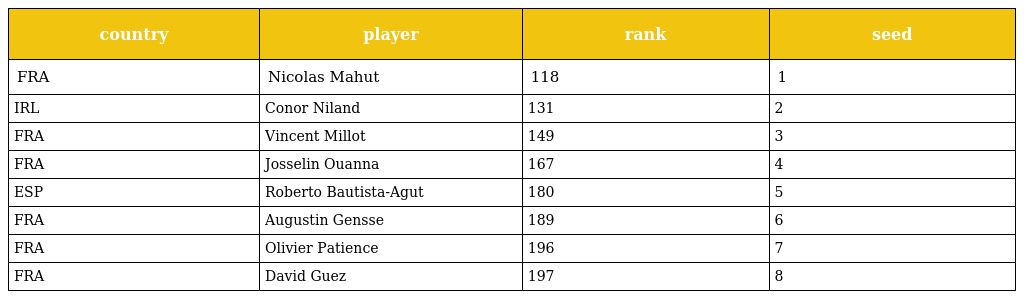
| country | player | rank | seed |
 | --- | --- | --- | --- |
 | FRA | Nicolas Mahut | 118 | 1 |
 | IRL | Conor Niland | 131 | 2 |
 | FRA | Vincent Millot | 149 | 3 |
 | FRA | Josselin Ouanna | 167 | 4 |
 | ESP | Roberto Bautista-Agut | 180 | 5 |
 | FRA | Augustin Gensse | 189 | 6 |
 | FRA | Olivier Patience | 196 | 7 |
 | FRA | David Guez | 197 | 8 |